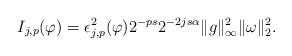
LaTeX: \begin{align*}I_{j,p}(\varphi)= \epsilon_{j,p}^2(\varphi) 2^{-ps} 2^{-2js\alpha} \|g\|^{2}_{\infty} \|\omega\|^{2}_2.\end{align*}